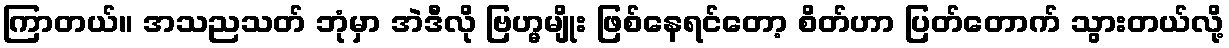
ကြာတယ်။ အသညသတ် ဘုံမှာ အဲဒီလို ဗြဟ္မမျိုး ဖြစ်နေရင်တော့ စိတ်ဟာ ပြတ်တောက် သွားတယ်လို့